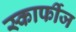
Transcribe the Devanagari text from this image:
स्कार्फीज